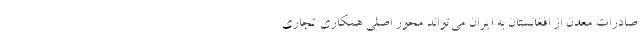
صادرات معدن از افغانستان به ایران می‌تواند محور اصلی همکاری تجاری